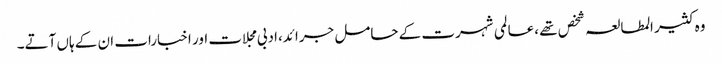
وہ کثیر المطالعہ شخص تھے ،عالمی شہرت کے حامل جرائد،ادبی مجلات اور اخبارات ان کے ہاں آتے۔